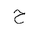
Letter: _ha